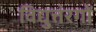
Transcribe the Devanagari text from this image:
विद्युत्तंरगों